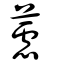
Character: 藘